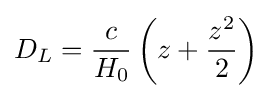
D_{L}={\frac {c}{H_{0}}}\left(z+{\frac {z^{2}}{2}}\right)